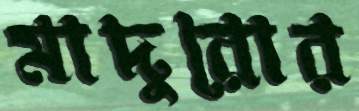
মাদুরোর